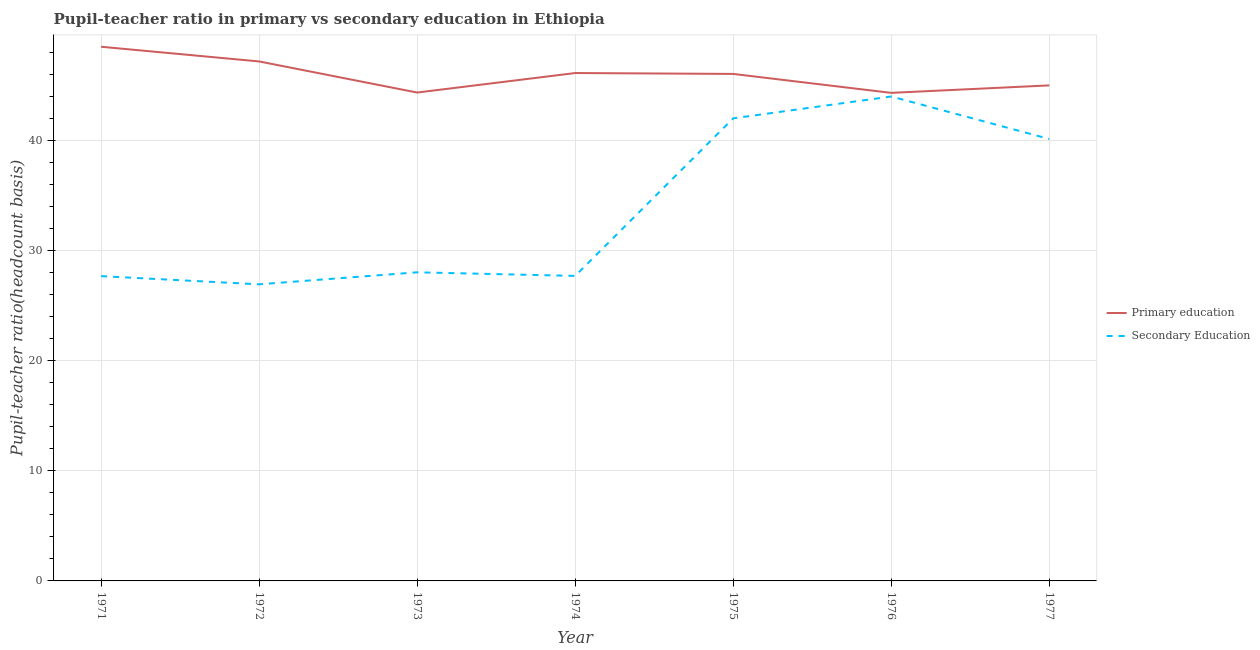
| Year | Primary education | Secondary Education |
 | --- | --- | --- |
 | 1971 | 48.5 | 27.7 |
 | 1972 | 47.2 | 26.9 |
 | 1973 | 44.3 | 28 |
 | 1974 | 46.1 | 27.7 |
 | 1975 | 46 | 42 |
 | 1976 | 44.3 | 44 |
 | 1977 | 45 | 40.1 |